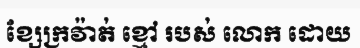
ខ្សែក្រវ៉ាត់ ខ្មៅ របស់ លោក ដោយ